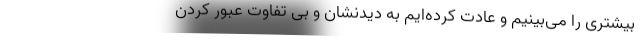
بیشتری را می‌بینیم و عادت کرده‌ایم به دیدنشان و بی تفاوت عبور کردن